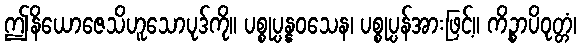
ဤနိယောဇေသိဟူသောပုဒ်ကို။ ပစ္စုပ္ပန္နဝသေန၊ ပစ္စုပ္ပန်အားဖြင့်။ ကိဉ္စာပိဝုတ္တံ၊